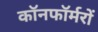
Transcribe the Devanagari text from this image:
कॉनफॉर्मरों